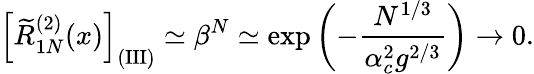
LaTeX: \left[\widetilde R_{1N}^{(2)}(x)\right]_{\mathrm{(III)}}\simeq\beta^{N}\simeq\exp\left(-{\frac{N^{1/3}}{\alpha_{c}^{2}g^{2/3}}}\right)\rightarrow 0.